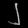
Digit: ၂